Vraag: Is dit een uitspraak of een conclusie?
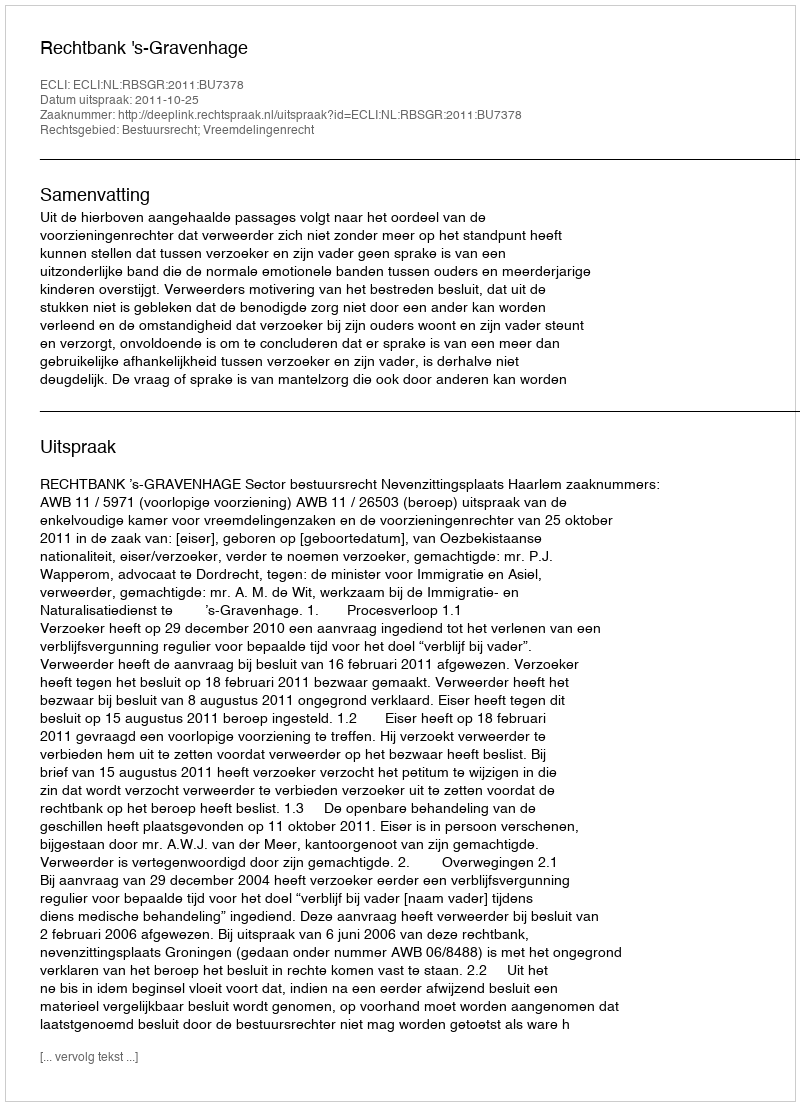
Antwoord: Uitspraak